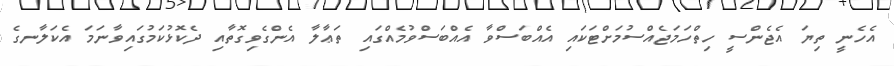
އެހެނީ ތިޔަ އެޖެންސީ ހިތްހަމަޖެެއްސުމަށްޓަކައި އެއްބަސްވާ އެއްބަސްވުމެއްގައި ތަޢާލާ އެންގެވިގޮތާއި ދެކޮޅުކަމުގައިވާނަމަ އެކަލާނގެ